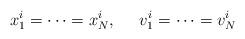
LaTeX: \begin{align*}x_1^i = \cdots = x_N^i, \;\;\;\;\; v_1^i = \cdots = v_N^i\end{align*}